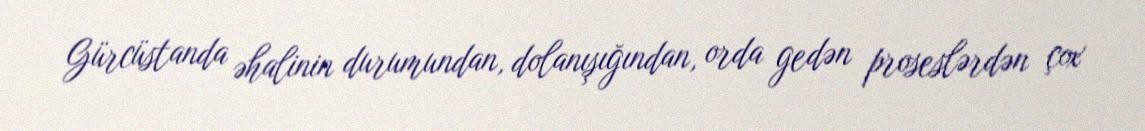
Gürcüstanda əhalinin durumundan, dolanışığından, orda gedən proseslərdən çox